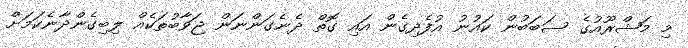
މި މަޝްރޫއުގެ ސަބަބުން ކައުނު އުފެދިގެން އައި ގޮތް ދެނެގަންނަން ޖަވާބުތަކެއް ލިބިގެންދާނެކަމަށް